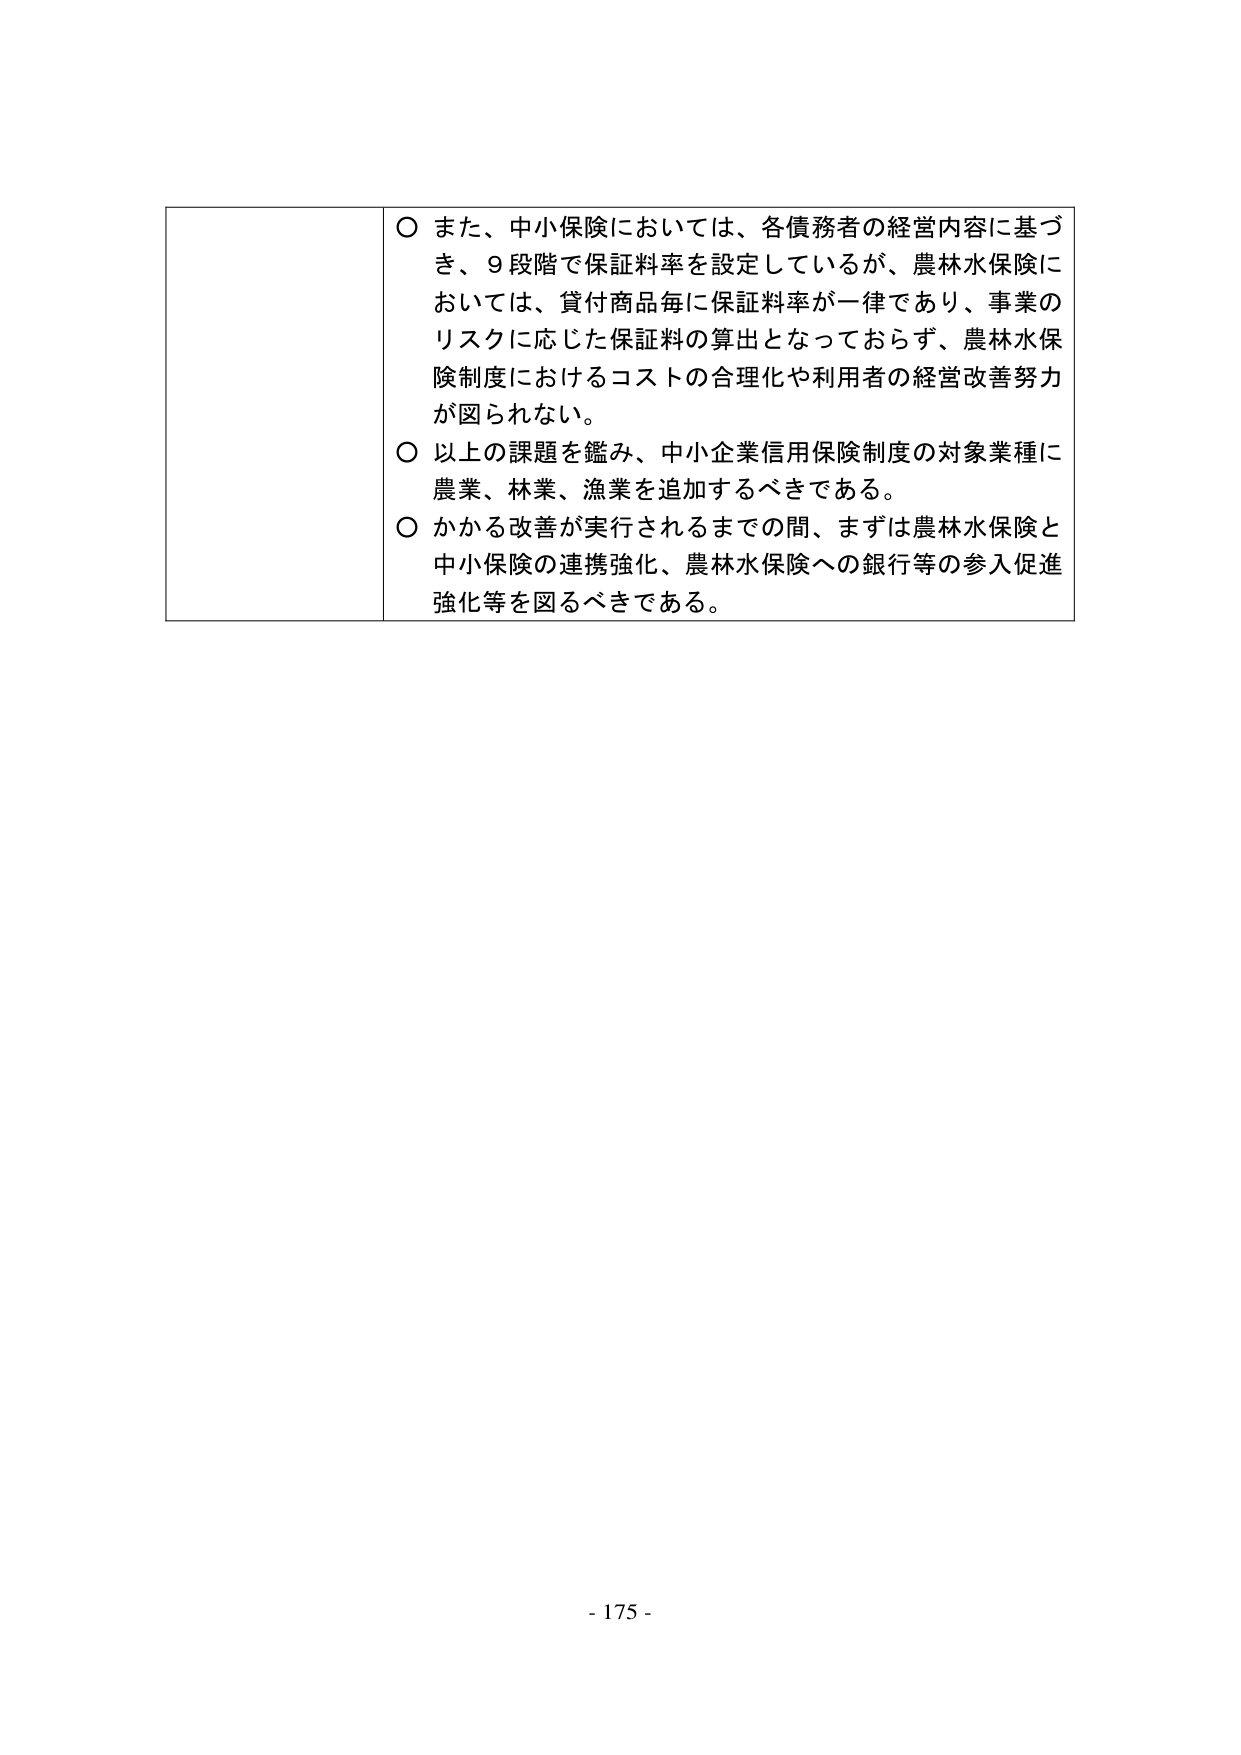
○ また、中小保険においては、各債務者の経営内容に基づき、9段階で保証料率を設定しているが、農林水保険においては、貸付商品毎に保証料率が一律であり、事業のリスクに応じた保証料の算出となっておらず、農林水保険制度におけるコストの合理化や利用者の経営改善努力が図られない。

○ 以上の課題を鑑み、中小企業信用保険制度の対象業種に農業、林業、漁業を追加するべきである。

○ かかる改善が実行されるまでの間、まずは農林水保険と中小保険の連携強化、農林水保険への銀行等の参入促進強化等を図るべきである。

- 175 -